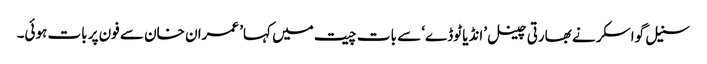
سنیل گواسکر نے بھارتی چینل ’انڈیا ٹوڈے‘ سے بات چیت میں کہا’ عمران خان سے فون پر بات ہوئی۔